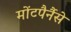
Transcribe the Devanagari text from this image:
मोंटपैर्नैसे